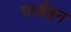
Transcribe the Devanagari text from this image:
गार्डइन